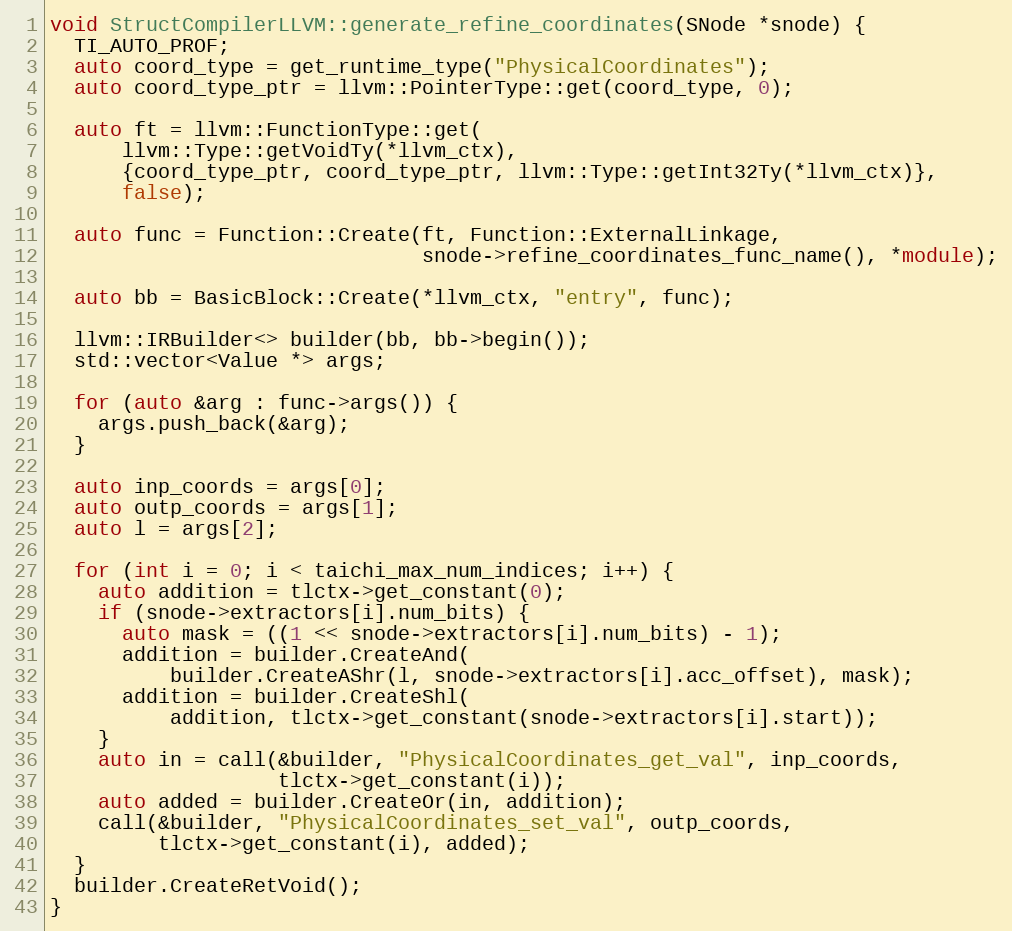
Language: C++
void StructCompilerLLVM::generate_refine_coordinates(SNode *snode) {
  TI_AUTO_PROF;
  auto coord_type = get_runtime_type("PhysicalCoordinates");
  auto coord_type_ptr = llvm::PointerType::get(coord_type, 0);

  auto ft = llvm::FunctionType::get(
      llvm::Type::getVoidTy(*llvm_ctx),
      {coord_type_ptr, coord_type_ptr, llvm::Type::getInt32Ty(*llvm_ctx)},
      false);

  auto func = Function::Create(ft, Function::ExternalLinkage,
                               snode->refine_coordinates_func_name(), *module);

  auto bb = BasicBlock::Create(*llvm_ctx, "entry", func);

  llvm::IRBuilder<> builder(bb, bb->begin());
  std::vector<Value *> args;

  for (auto &arg : func->args()) {
    args.push_back(&arg);
  }

  auto inp_coords = args[0];
  auto outp_coords = args[1];
  auto l = args[2];

  for (int i = 0; i < taichi_max_num_indices; i++) {
    auto addition = tlctx->get_constant(0);
    if (snode->extractors[i].num_bits) {
      auto mask = ((1 << snode->extractors[i].num_bits) - 1);
      addition = builder.CreateAnd(
          builder.CreateAShr(l, snode->extractors[i].acc_offset), mask);
      addition = builder.CreateShl(
          addition, tlctx->get_constant(snode->extractors[i].start));
    }
    auto in = call(&builder, "PhysicalCoordinates_get_val", inp_coords,
                   tlctx->get_constant(i));
    auto added = builder.CreateOr(in, addition);
    call(&builder, "PhysicalCoordinates_set_val", outp_coords,
         tlctx->get_constant(i), added);
  }
  builder.CreateRetVoid();
}